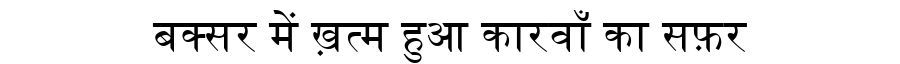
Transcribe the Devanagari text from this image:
बक्सर में ख़त्म हुआ कारवाँ का सफ़र